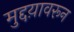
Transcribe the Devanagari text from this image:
मुद्दय़ावरून